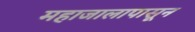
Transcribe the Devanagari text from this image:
महाजालापासून